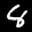
Label: 8